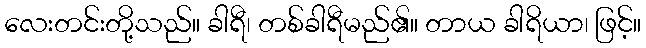
လေးတင်းတို့သည်။ ခါရီ၊ တစ်ခါရီမည်၏။ တာယ ခါရိယာ၊ ဖြင့်။